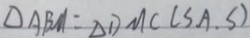
\Delta A B M : \Delta D M C ( S A . S )